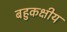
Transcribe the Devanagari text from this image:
बहुकक्षीय